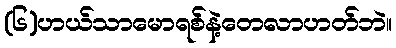
(၆)ဟယ်သာမောရစ်နဲ့တေလာဟတ်ဘဲ။